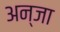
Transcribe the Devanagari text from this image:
अन्जा